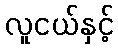
လူငယ်နှင့်